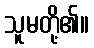
သူမတို့၏။